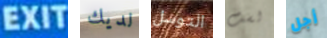
EXIT لديك التوسل لست أجل